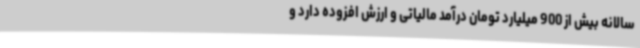
سالانه بیش از 900 میلیارد تومان درآمد مالیاتی و ارزش افزوده دارد و